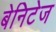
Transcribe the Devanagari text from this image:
बेनिटेज